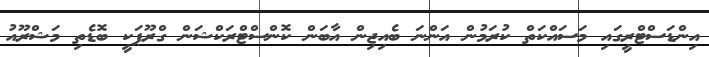
އިންޑަސްޓްރީގައި މަސައްކަތް ކުރަމުން އަންނަ ބެއިޖިން އާބަން ކޮންސްޓްރަކްޝަން ގްރޫޕަކީ ބޮޑެތި މަޝްރޫއު